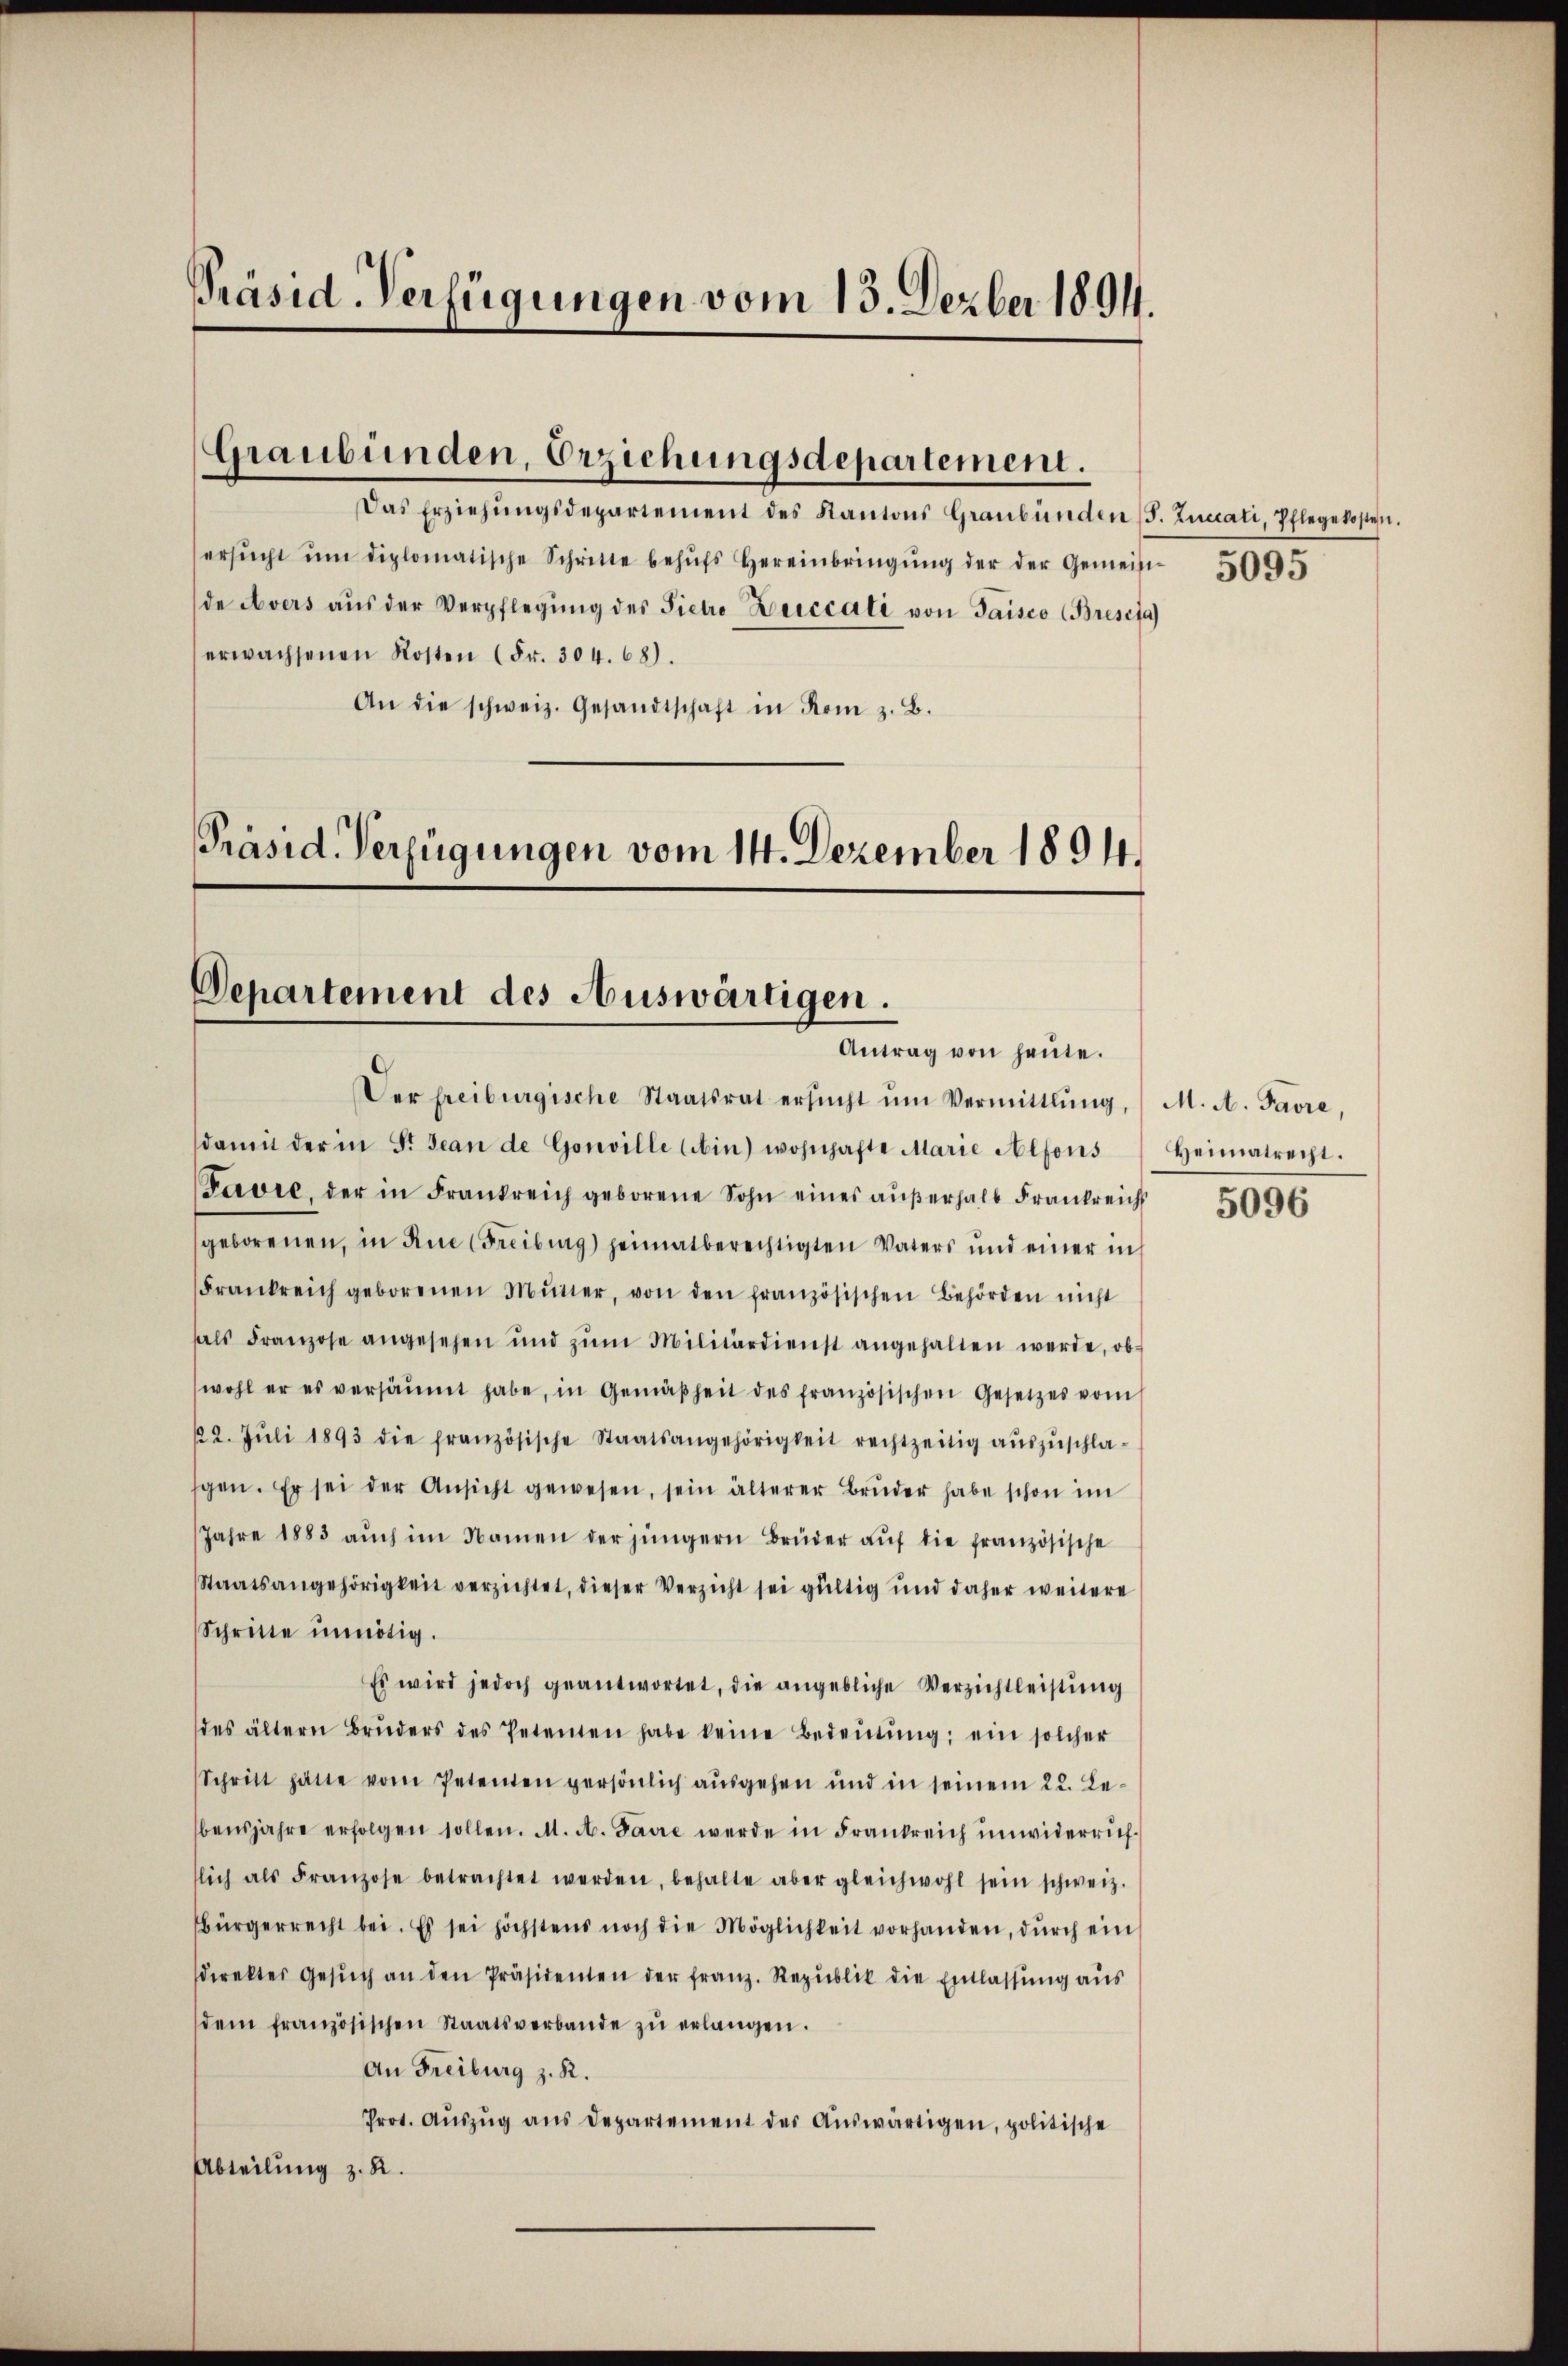
Präsid Verfügungen vom 13. Dezber 1894.

Das Erziehŭngsdepartement des Kantons Graubünden (S. Zuccati, Pflegekosten.
ersŭcht ŭm diplomatische Schritte behŭfs Hereinbringŭng der der Gemein 500.
de Avers aŭs der Verpflegŭng des Pietro Zeiccati von Gaisco (Breseja
erwachsenen Kosten (Fr. 304. 68.
An die schweiz. Gesandtschaft in Rom z. B.
Präsid. Verfügungen vom 14. Dezember 1894.

Graubünden, Erziehungsdepartement.

Departement des Auswärtigen.
Antrag von heute.

Der freiburgische Staatsrat ersŭcht ŭm Vermittlung,
damit der in S. Jean de Gouville (in) wohnhafte Marie Alfons
Favre, der in Frankreich geborene Sohn eines aŭβerhalb Frankreich
geborenen, in Rue (Freiburg) heimatberechtigten Vaters und einer in
Frankreich geborenen Mutter, von den französischen Behörden nicht
hals Franzose angesehen und zŭm Militärdienst angehalten werde, ob
wohl er es versäumt habe, in Gemäßheit des französischen Gesetzes vom
122. Jŭli 1893 die französische Staatsangehörigkeit rechtzeitig aŭszŭschla-
gen. Er sei der Ansicht gewesen, sein älterer Brŭder habe schon im
Jahre 1883 aŭch im Namen der jüngern Brüder auf die französische
Staatsangehörigkeit verzichtet, dieser Verzicht sei gültig und daher weitere
Schritte unnötig.
Es wird jedoch geantwortet, die angebliche Verzichtleistŭng
des ältern Brŭders des Petenten habe keine Bedeŭtŭng ein solcher
Schritt hatte vom Petenten persönlich aŭsgehen und in seinem 22. Le-
bensjahre erfolgen sollen. M. A. Favre werde in Frankreich unwiderrich-
lich als Franzose betrachtet werden, behalte aber gleichwohl sein schweiz.
Bürgerrecht bei. Es sei höchstens noch die Möglichkeit vorhanden, dŭrch ein
sdirektes Gesŭch an den Präsidenten der franz. Republik die Entlassŭng aŭs
dem französischen Staatsverbande zŭ erlangen.
An Freiburg z. R.
Prot. Aŭszŭg ans Departement der Auswärtigen, politische
Abteilung z. R.

M. A. Favre,
Heimatrecht.

5096